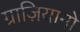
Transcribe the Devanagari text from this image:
ग्राज़ियानो